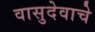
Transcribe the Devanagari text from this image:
वासुदेवाचे